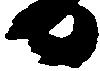
日